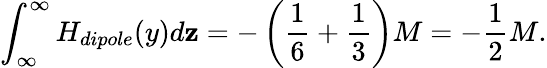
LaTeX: \int_{\infty}^{\infty}H_{dipole}(y)d\mathbf{z}=-\left({\frac{{1}}{{6}}}+{\frac{{1}}{{3}}}\right)M=-\frac{{1}}{{2}}M.